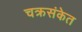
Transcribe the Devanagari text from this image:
चक्रसंकेत